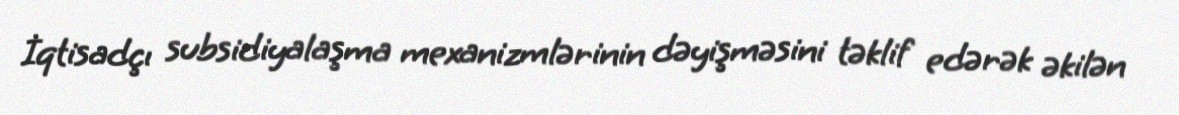
İqtisadçı subsidiyalaşma mexanizmlərinin dəyişməsini təklif edərək əkilən